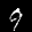
Label: 9